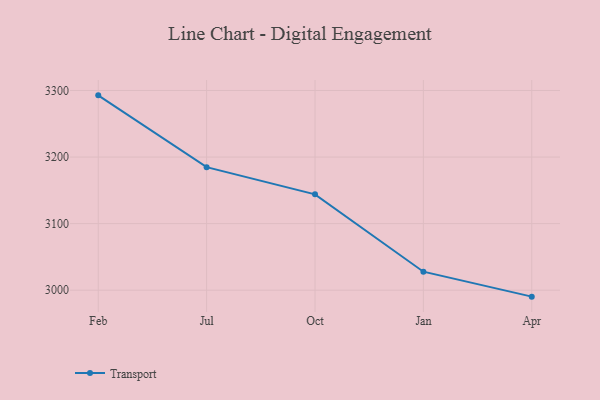
{"axis": {"x": "Month", "y": "Production Output"}, "legend": ["Transport"], "data": [{"x": "Feb", "y": 3292.7, "type": "Transport"}, {"x": "Jul", "y": 3184.8, "type": "Transport"}, {"x": "Oct", "y": 3144.0, "type": "Transport"}, {"x": "Jan", "y": 3027.8, "type": "Transport"}, {"x": "Apr", "y": 2990.3, "type": "Transport"}]}